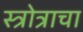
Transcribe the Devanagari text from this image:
स्त्रोत्राचा